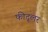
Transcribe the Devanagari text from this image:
फीद्लर